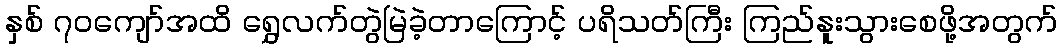
နှစ် ၇၀ကျော်အထိ ရွှေလက်တွဲမြဲခဲ့တာကြောင့် ပရိသတ်ကြီး ကြည်နူးသွားစေဖို့အတွက်